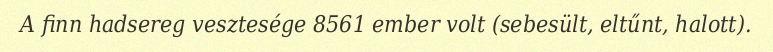
A finn hadsereg vesztesége 8561 ember volt (sebesült, eltűnt, halott).